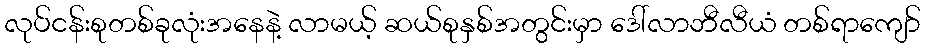
လုပ်ငန်းစုတစ်ခုလုံးအနေနဲ့ လာမယ့် ဆယ်စုနှစ်အတွင်းမှာ ဒေါ်လာဘီလီယံ တစ်ရာကျော်